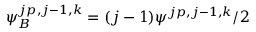
\psi _ { B } ^ { j p , j - 1 , k } = ( j - 1 ) \psi ^ { j p , j - 1 , k } / 2